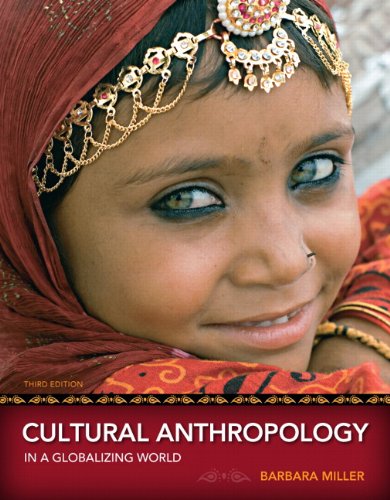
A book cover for Cultural Anthropology in a Globalizing World (3rd Edition); Barbara Miller; Science & Math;